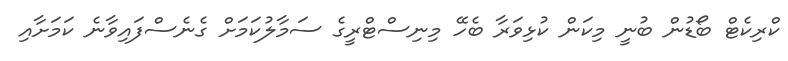
ކްރިކެޓް ބޯޑުން ބުނީ މިކަން ކުޅިވަރާ ބެހޭ މިނިސްޓްރީގެ ސަމާލުކަމަށް ގެނެސްފައިވާނެ ކަމަށާއި